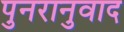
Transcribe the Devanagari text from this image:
पुनरानुवाद